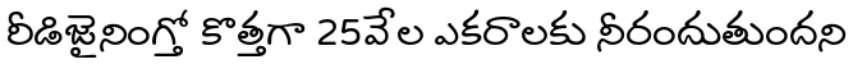
రీడిజైనింగ్తో కొత్తగా 25వేల ఎకరాలకు నీరందుతుందని